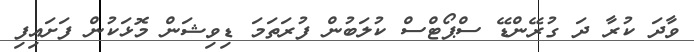
ވާދަ ކުރާ ދަ ގުރޭންޑޭ ސްޕޯޓްސް ކުލަބުން ފުރަތަމަ ޑިވިޝަން މޮޅަކުން ފަށައިފި